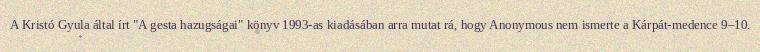
A Kristó Gyula által írt "A gesta hazugságai" könyv 1993-as kiadásában arra mutat rá, hogy Anonymous nem ismerte a Kárpát-medence 9–10.